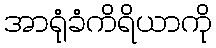
အာရုံခံကိရိယာကို